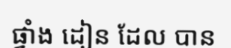
ផ្វាំង ដៀន ដែល បាន